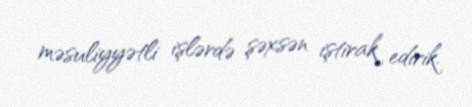
məsuliyyətli işlərdə şəxsən iştirak edirik.